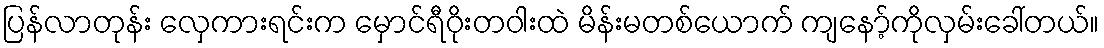
ပြန်လာတုန်း လှေကားရင်းက မှောင်ရီဝိုးတဝါးထဲ မိန်းမတစ်ယောက် ကျနော့်ကိုလှမ်းခေါ်တယ်။